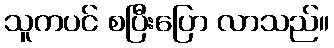
သူကပင် စပြီးပြော လာသည်။